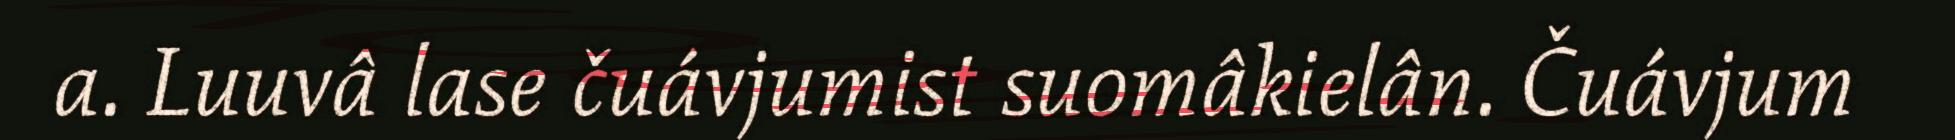
a. Luuvâ lase čuávjumist suomâkielân. Čuávjum